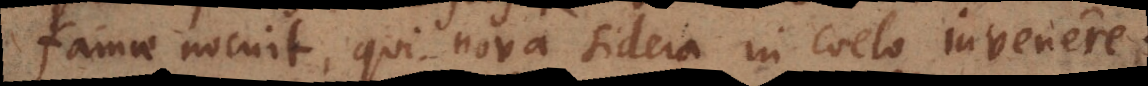
famae nocuit, qui nova sidera in coelo invenere.